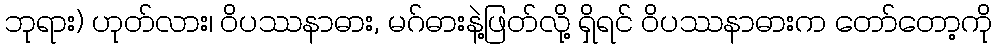
ဘုရား) ဟုတ်လား၊ ဝိပဿနာဓား, မဂ်ဓားနဲ့ဖြတ်လို့ ရှိရင် ဝိပဿနာဓားက တော်တော့ကို